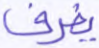
يفرق